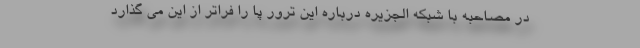
در مصاحبه با شبکه الجزیره درباره این ترور پا را فراتر از این می گذارد